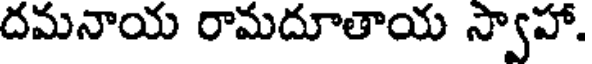
దమనాయ రామదూతాయ స్వాహా.